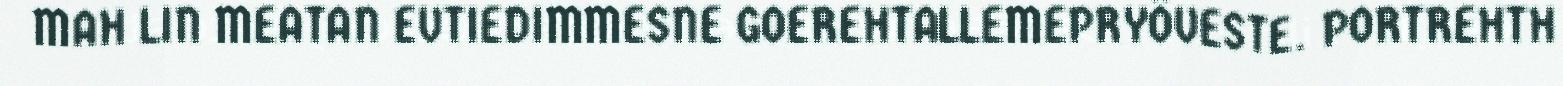
MAH LIN MEATAN EVTIEDIMMESNE GOEREHTALLEMEPRYÖVESTE. PORTREHTH